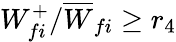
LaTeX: W_{fi}^{+}/\overline{{W}}_{fi}\geq r_{4}